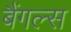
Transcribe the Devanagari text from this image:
बैंगल्स